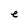
Character: e